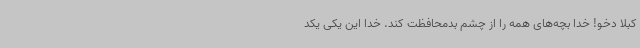
کبلا دخو! خدا بچه‌های همه را از چشم بدمحافظت کند. خدا این یکی یکد